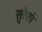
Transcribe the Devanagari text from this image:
सुरैर्वा